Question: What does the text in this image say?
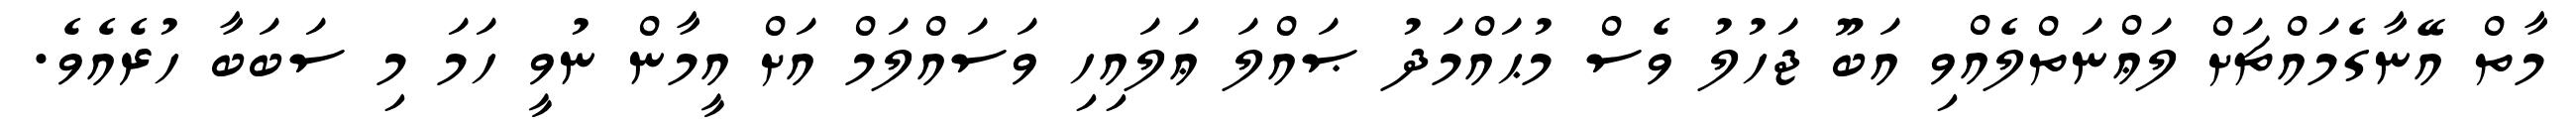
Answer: މާތް އޭނާގެމައްޗަށް ލަޢްނަތްލެއްވި އަބޫ ޖަހުލު ވެސް މުޙައްމަދު ޞައްލަ ޢަލައިހި ވަސައްލަމް އަށް އީމާން ނުވީ ހަމަ މި ސަބަބާ ހުރެއެވެ.